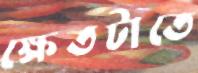
ক্ষেতটাতে